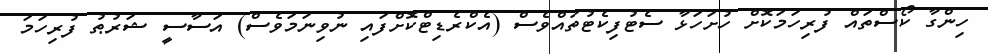
ހިންގާ ކޯސްތައް ފުރިހަމަކޮށް ހުށަހަޅާ ސެޓުފިކެޓުތައްވެސް (އެކްރެޑިޓްކޮށްފައި ނުވިނަމަވެސް) އަސާސީ ޝަރުޠު ފުރިހަމަ